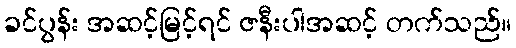
ခင်ပွန်း အဆင့်မြင့်ရင် ဇနီးပါအဆင့် တက်သည်။